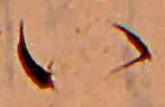
い